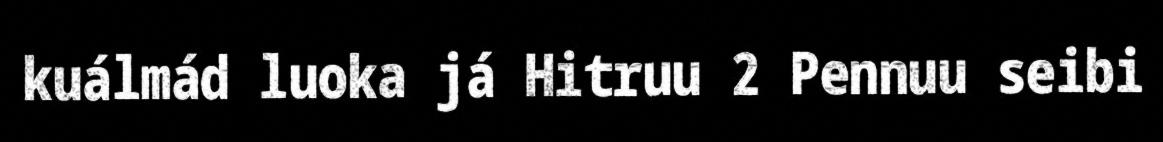
kuálmád luoka já Hitruu 2 Pennuu seibi